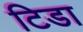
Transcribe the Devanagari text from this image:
टिडा